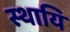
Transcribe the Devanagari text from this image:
स्थायि